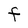
Character: F